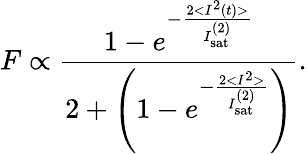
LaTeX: F\propto\frac{1-e^{-\frac{2<I^{2}(t)>}{I_{\mathrm{sat}}^{(2)}}}}{2+\left(1-e^{-\frac{2<I^{2}>}{I_{\mathrm{sat}}^{(2)}}}\right)}.